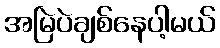
အမြဲပဲချစ်နေပါ့မယ်